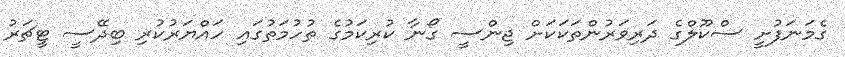
ގެމަނަފުށީ ސްކޫލްގެ ދަރިވަރުންތަކަކަށް ޖިންސީ ގޯނާ ކުރިކަމުގެ ތުހުމަތުގައި ހައްޔަރުކުރި ބިދޭސީ ޓީޗަރު